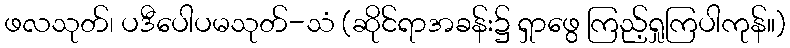
ဖလသုတ်၊ ပဒီပေါပမသုတ်-သံ (ဆိုင်ရာအခန်း၌ ရှာဖွေ ကြည့်ရှုကြပါကုန်။)